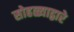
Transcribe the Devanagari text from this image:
सोहळ्याद्वारे